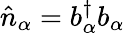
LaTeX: {\hat{n}}_{\alpha}=b_{\alpha}^{\dagger}b_{\alpha}